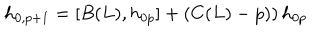
h _ { 0 , p + 1 } = [ B ( L ) , h _ { 0 p } ] + \left( C ( L ) - p ) \right) h _ { 0 p }